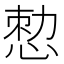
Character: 𢛱